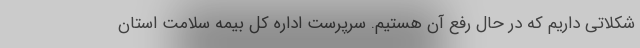
شکلاتی داریم که در حال رفع آن هستیم. سرپرست اداره کل بیمه سلامت استان